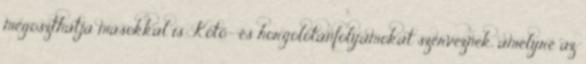
megoszthatja másokkal is. Kötő- és horgolótanfolyamokat szerveznek, amelyre az